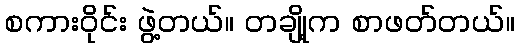
စကားဝိုင်း ဖွဲ့တယ်။ တချို့က စာဖတ်တယ်။